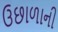
ઉછાળાની